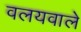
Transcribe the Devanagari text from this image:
वलयवाले